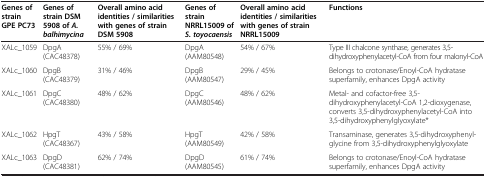
<table><thead><tr><td><b>Genes of strain GPE PC73</b></td><td><b>Genes of strain DSM 5908 of <i>A. balhimycina</i></b></td><td><b>Overall amino acid identities / similarities with genes of strain DSM 5908</b></td><td><b>Genes of strain NRRL15009 of <i>S. toyocaensis</i></b></td><td><b>Overall amino acid identities / similarities with genes of strain NRRL15009</b></td><td><b>Functions</b></td></tr></thead><tbody><tr><td>XALc_1059</td><td>DpgA (CAC48378)</td><td>55% / 69%</td><td>DpgA (AAM80548)</td><td>54% / 67%</td><td>Type III chalcone synthase, generates 3,5-dihydroxyphenylacetyl-CoA from four malonyl-CoA</td></tr><tr><td>XALc_1060</td><td>DpgB (CAC48379)</td><td>31% / 46%</td><td>DpgB (AAM80547)</td><td>29% / 45%</td><td>Belongs to crotonase/Enoyl-CoA hydratase superfamily, enhances DpgA activity</td></tr><tr><td>XALc_1061</td><td>DpgC (CAC48380)</td><td>48% / 62%</td><td>DpgC (AAM80546)</td><td>48% / 62%</td><td>Metal- and cofactor-free 3,5-dihydroxyphenylacetyl-CoA 1,2-dioxygenase, converts 3,5-dihydroxyphenylacetyl-CoA into 3,5-dihydroxyphenylglyoxylate*</td></tr><tr><td>XALc_1062</td><td>HpgT (CAC48367)</td><td>43% / 58%</td><td>HpgT (AAM80549)</td><td>42% / 58%</td><td>Transaminase, generates 3,5-dihydroxyphenyl-glycine from 3,5-dihydroxyphenylglyoxylate</td></tr><tr><td>XALc_1063</td><td>DpgD (CAC48381)</td><td>62% / 74%</td><td>DpgD (AAM80545)</td><td>61% / 74%</td><td>Belongs to crotonase/Enoyl-CoA hydratase superfamily, enhances DpgA activity</td></tr></tbody></table>